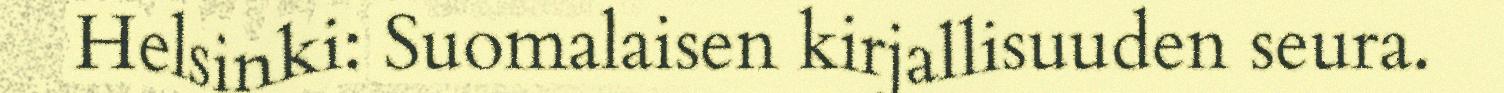
Helsinki: Suomalaisen kirjallisuuden seura.